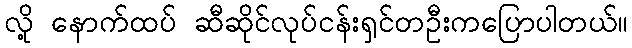
လို့ နောက်ထပ် ဆီဆိုင်လုပ်ငန်းရှင်တဦးကပြောပါတယ်။